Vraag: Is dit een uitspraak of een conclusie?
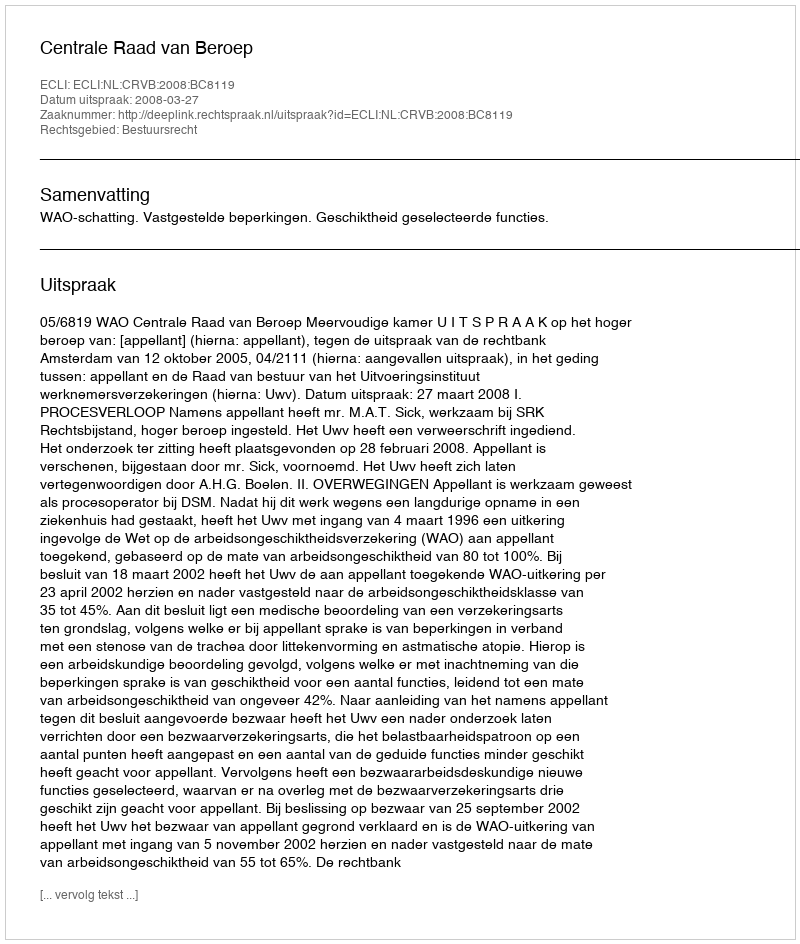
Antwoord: Uitspraak